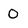
Character: 0